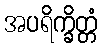
အပရိက္ခိတ္တံ